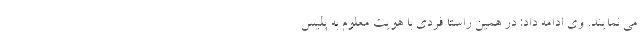
می نمایند. وی ادامه داد: در همین راستا فردی با هویت معلوم به پلیس